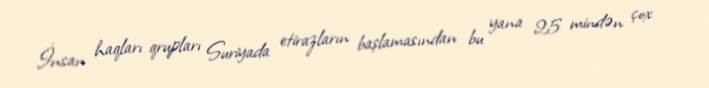
İnsan haqları qrupları Suriyada etirazların başlamasından bu yana 25 mindən çox